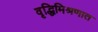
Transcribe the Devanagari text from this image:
वृद्धिमिश्रणात